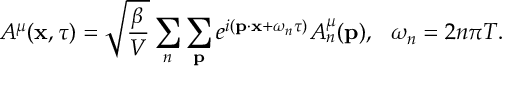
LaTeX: A ^ { \mu } ( { \bf x } , \tau ) = \sqrt { \frac { \beta } { V } } \sum _ { n } \sum _ { { \bf p } } e ^ { i ( { \bf p } \cdot { \bf x } + \omega _ { n } \tau ) } A _ { n } ^ { \mu } ( { \bf p } ) , \ \ \omega _ { n } = 2 n \pi T .